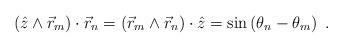
LaTeX: \begin{align*}\left( \hat{z}\wedge \vec{r}_{m}\right) \cdot \vec{r}_{n}=\left( \vec{r}_{m}\wedge \vec{r}_{n}\right) \cdot \hat{z}=\sin \left( \theta _{n}-\theta_{m}\right) ~. \end{align*}